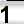
Digit: 1